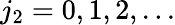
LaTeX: j_{2}=0,1,2,...